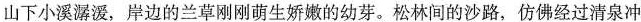
山下小溪潺爱，岸边的兰草刚刚萌生娇嫩的幼芽。松林间的沙路，仿佛经过清泉冲